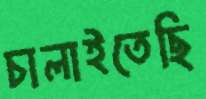
চালাইতেছি